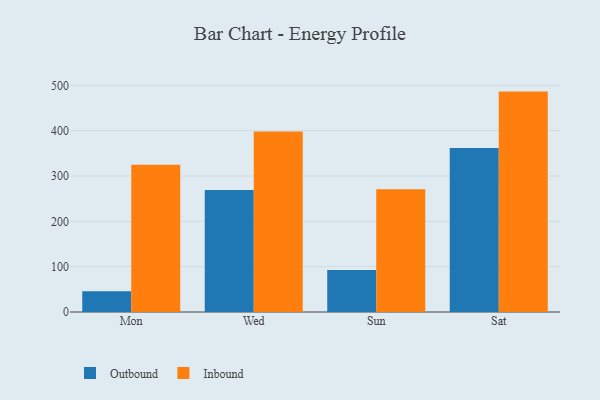
{"axis": {"x": "Day", "y": "Satisfaction Score"}, "legend": ["Inbound", "Outbound"], "data": [{"x": "Mon", "y": 45.6, "type": "Outbound"}, {"x": "Mon", "y": 324.9, "type": "Inbound"}, {"x": "Wed", "y": 269.1, "type": "Outbound"}, {"x": "Wed", "y": 398.4, "type": "Inbound"}, {"x": "Sun", "y": 92.5, "type": "Outbound"}, {"x": "Sun", "y": 270.7, "type": "Inbound"}, {"x": "Sat", "y": 361.9, "type": "Outbound"}, {"x": "Sat", "y": 486.2, "type": "Inbound"}]}